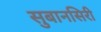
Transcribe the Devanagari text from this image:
सुबानसिरी